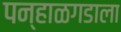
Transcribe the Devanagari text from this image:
पन्हाळगडाला